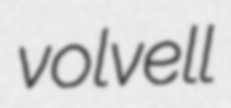
volvell